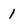
Character: 1